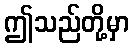
ဤသည်တို့မှာ